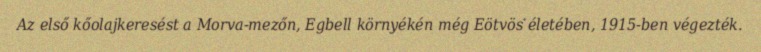
Az első kőolajkeresést a Morva-mezőn, Egbell környékén még Eötvös életében, 1915-ben végezték.